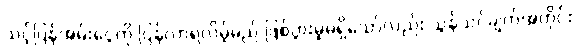
သင့်ပြန်အမ်းငွေကို ပြန်လာရလိမ့်မည် ဖြစ်ပွားမှုမရှိသော်လည်း သွန်သင်ချက်အတိုင်း